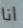
انا